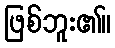
ဖြစ်ဘူး၏။